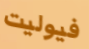
فيوليت